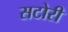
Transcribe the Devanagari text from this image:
सटोरी